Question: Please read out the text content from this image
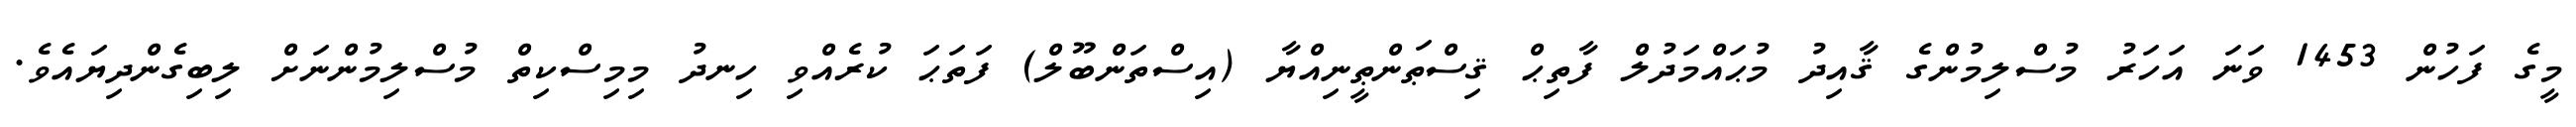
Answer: މީގެ ފަހުން 1453 ވަނަ އަހަރު މުސްލިމުންގެ ޤާއިދު މުޙައްމަދުލް ފާތިޙް ޤިސްޠަންޠީނިއްޔާ (އިސްތަންބޫލް) ފަތަޙަ ކުރެއްވި ހިނދު މިމިސްކިތް މުސްލިމުންނަށް ލިބިގެންދިޔައެވެ.